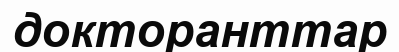
докторанттар